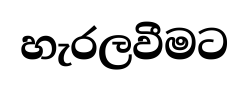
හැරලවීමට